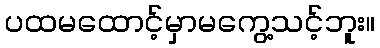
ပထမထောင့်မှာမကွေ့သင့်ဘူး။